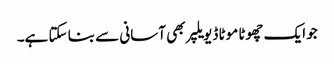
جو ایک چھوٹا موٹا ڈیویلپر بھی آسانی سے بنا سکتا ہے۔